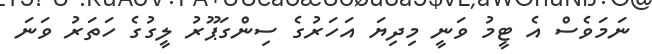
ނަމަވެސް އެ ޓީމު ވަނީ މިދިޔަ އަހަރުގެ ސިންގަޕޫރު ލީގުގެ ހަތަރު ވަނަ